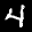
Label: 4